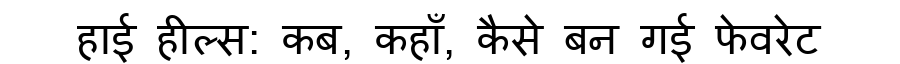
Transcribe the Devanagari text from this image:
हाई हील्स: कब, कहाँ, कैसे बन गई फेवरेट